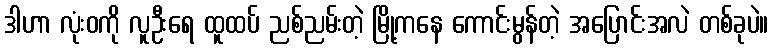
ဒါဟာ လုံးဝကို လူဦးရေ ထူထပ် ညစ်ညမ်းတဲ့ မြို့ကနေ ကောင်းမွန်တဲ့ အပြောင်းအလဲ တစ်ခုပဲ။